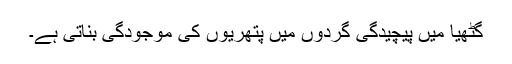
گٹھیا میں پیچیدگی گردوں میں پتھریوں کی موجودگی بناتی ہے۔